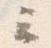
云